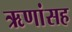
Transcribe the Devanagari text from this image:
ऋणांसह